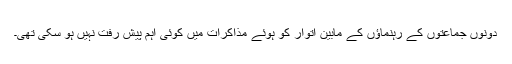
دونوں جماعتوں کے رہنماؤں کے مابین اتوار کو ہوئے مذاکرات میں کوئی اہم پیش رفت نہیں ہو سکی تھی۔